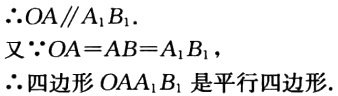
\(\therefore OA\parallel A_{1}B_{1}.\)

又\(\because OA = AB = A_{1}B_{1}\)，

\(\therefore\)四边形\(OAA_{1}B_{1}\)是平行四边形.